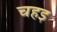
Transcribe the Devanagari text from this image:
चहइ